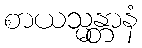
စာယသ္မန္တာနံ